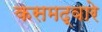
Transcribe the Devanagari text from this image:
कसमद्वारे